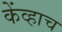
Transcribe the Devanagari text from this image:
केंव्हाच